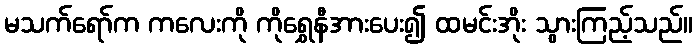
မသက်ရော်က ကလေးကို ကိုရွှေနီအားပေး၍ ထမင်းအိုး သွားကြည့်သည်။